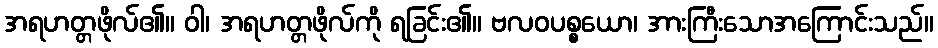
အရဟတ္တဖိုလ်၏။ ဝါ၊ အရဟတ္တဖိုလ်ကို ရခြင်း၏။ ဗလဝပစ္စယော၊ အားကြီးသောအကြောင်းသည်။